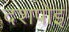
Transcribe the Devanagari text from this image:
दशपोइ